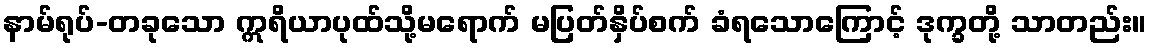
နာမ်ရုပ်-တခုသော ဣရိယာပုထ်သို့မရောက် မပြတ်နှိပ်စက် ခံရသောကြောင့် ဒုက္ခတို့ သာတည်း။